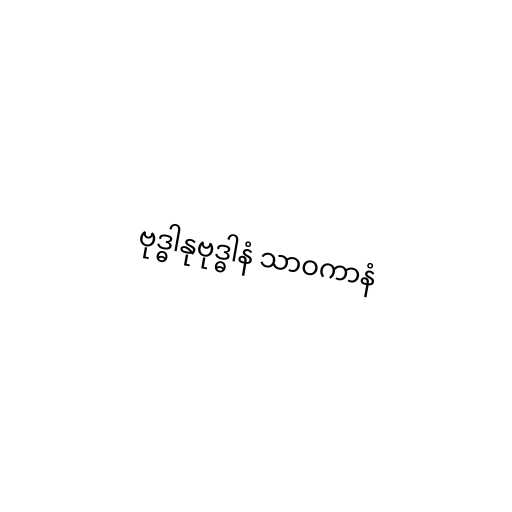
ဗုဒ္ဓါနုဗုဒ္ဓါနံ သာဝကာနံ